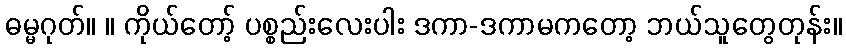
ဓမ္မဂုတ်။ ။ ကိုယ်တော့် ပစ္စည်းလေးပါး ဒကာ-ဒကာမကတော့ ဘယ်သူတွေတုန်း။